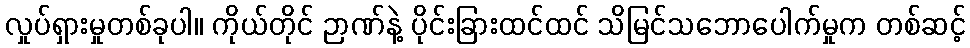
လှုပ်ရှားမှုတစ်ခုပါ။ ကိုယ်တိုင် ဉာဏ်နဲ့ ပိုင်းခြားထင်ထင် သိမြင်သဘောပေါက်မှုက တစ်ဆင့်